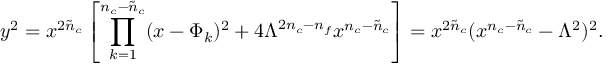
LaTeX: y ^ { 2 } = x ^ { 2 \tilde { n } _ { c } } \left[ \prod _ { k = 1 } ^ { n _ { c } - \tilde { n } _ { c } } ( x - \Phi _ { k } ) ^ { 2 } + 4 \Lambda ^ { 2 n _ { c } - n _ { f } } x ^ { n _ { c } - \tilde { n } _ { c } } \right] = x ^ { 2 { \tilde { n } } _ { c } } ( x ^ { n _ { c } - { \tilde { n } } _ { c } } - \Lambda ^ { 2 } ) ^ { 2 } .